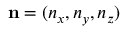
\mathbf { n } = ( n _ { x } , n _ { y } , n _ { z } )